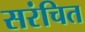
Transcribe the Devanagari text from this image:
सरंचित